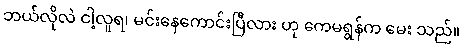
ဘယ်လိုလဲ ငါ့လူရ၊ မင်းနေကောင်းပြီလား ဟု ကေမရွန်က မေး သည်။